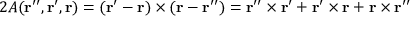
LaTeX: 2 A ( { \bf r ^ { \prime \prime } } , { \bf r ^ { \prime } } , { \bf r } ) = ( { \bf r } ^ { \prime } - { \bf r } ) \times ( { \bf r } - { \bf r } ^ { \prime \prime } ) = { \bf r } ^ { \prime \prime } \times { \bf r } ^ { \prime } + { \bf r } ^ { \prime } \times { \bf r } + { \bf r } \times { \bf r } ^ { \prime \prime }